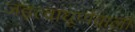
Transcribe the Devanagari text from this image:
जड़त्वाघूर्णवाला